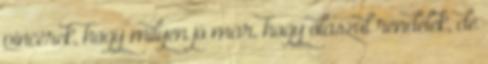
pincérek, hogy milyen jó már, hogy olaszul rendelek, de